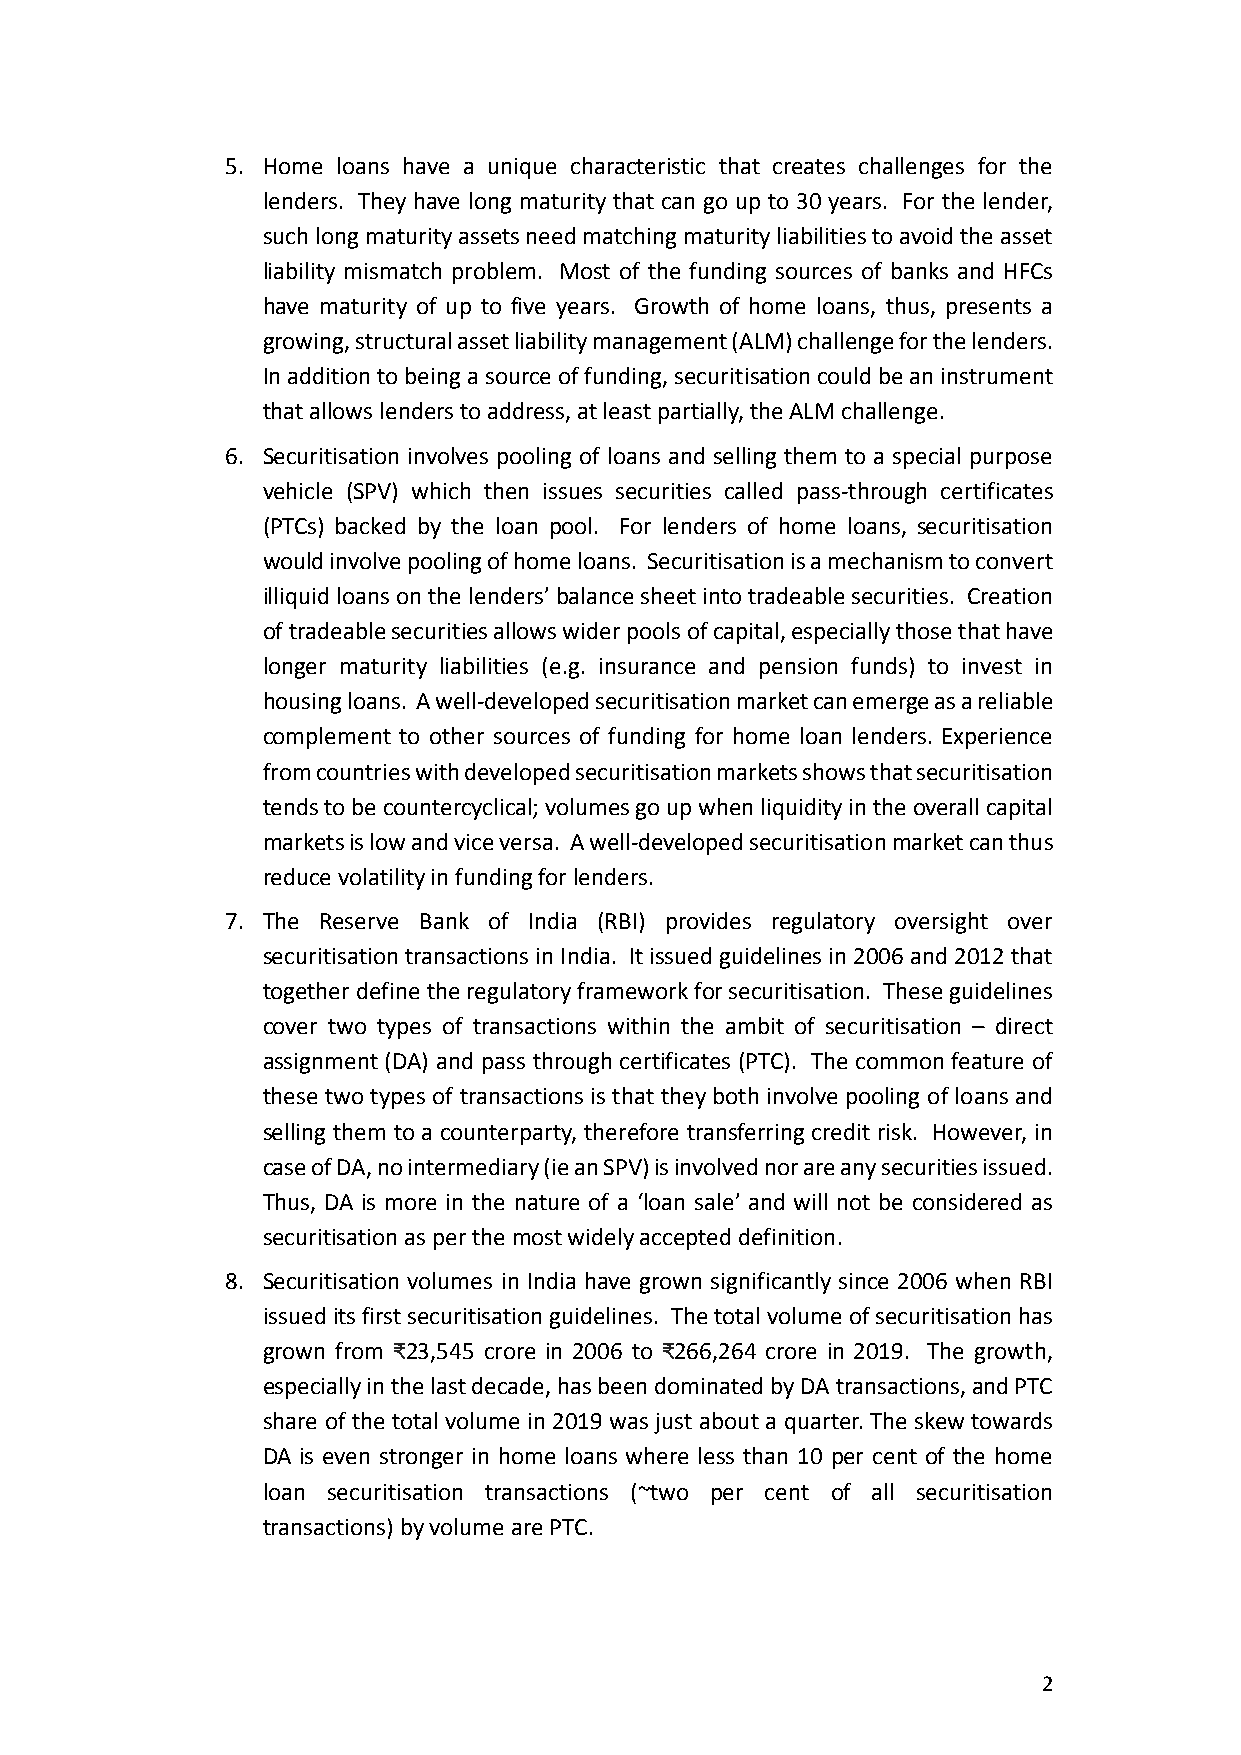
5. Home loans have a unique characteristic that creates challenges for the
 lenders. They have long maturity that can go up to 30 years. For the lender,
 such long maturity assets need matching maturity liabilities to avoid the asset
 liability mismatch problem. Most of the funding sources of banks and HFCs
 have maturity of up to five years. Growth of home loans, thus, presents a
 growing, structural asset liability management (ALM) challenge for the lenders.
 In addition to being a source of funding, securitisation could be an instrument
 that allows lenders to address, at least partially, the ALM challenge.
 6. Securitisation involves pooling of loans and selling them to a special purpose
 vehicle (SPV) which then issues securities called pass-through certificates
 (PTCs) backed by the loan pool. For lenders of home loans, securitisation
 would involve pooling of home loans. Securitisation is a mechanism to convert
 illiquid loans on the lenders’ balance sheet into tradeable securities. Creation
 of tradeable securities allows wider pools of capital, especially those that have
 longer maturity liabilities (e.g. insurance and pension funds) to invest in
 housing loans. A well-developed securitisation market can emerge as a reliable
 complement to other sources of funding for home loan lenders. Experience
 from countries with developed securitisation markets shows that securitisation
 tends to be countercyclical; volumes go up when liquidity in the overall capital
 markets is low and vice versa. A well-developed securitisation market can thus
 reduce volatility in funding for lenders.
 7. The Reserve Bank of India (RBI) provides regulatory oversight over
 securitisation transactions in India. It issued guidelines in 2006 and 2012 that
 together define the regulatory framework for securitisation. These guidelines
 cover two types of transactions within the ambit of securitisation – direct
 assignment (DA) and pass through certificates (PTC). The common feature of
 these two types of transactions is that they both involve pooling of loans and
 selling them to a counterparty, therefore transferring credit risk. However, in
 case of DA, no intermediary (ie an SPV) is involved nor are any securities issued.
 Thus, DA is more in the nature of a ‘loan sale’ and will not be considered as
 securitisation as per the most widely accepted definition.
 8. Securitisation volumes in India have grown significantly since 2006 when RBI
 issued its first securitisation guidelines. The total volume of securitisation has
 grown from ₹23,545 crore in 2006 to ₹266,264 crore in 2019. The growth,
 especially in the last decade, has been dominated by DA transactions, and PTC
 share of the total volume in 2019 was just about a quarter. The skew towards
 DA is even stronger in home loans where less than 10 per cent of the home
 loan securitisation transactions (~two per cent of all securitisation
 transactions) by volume are PTC.
 2